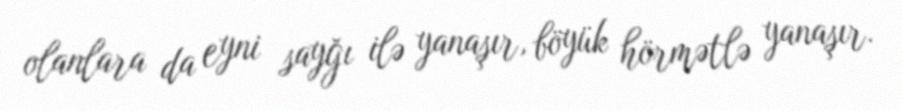
olanlara da eyni sayğı ilə yanaşır, böyük hörmətlə yanaşır.